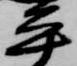
平